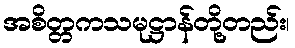
အစိတ္တကသမုဋ္ဌာန်တို့တည်း၊